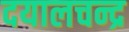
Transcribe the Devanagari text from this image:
दयालचन्द्र